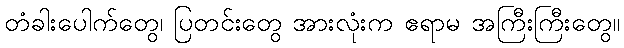
တံခါးပေါက်တွေ၊ ပြတင်းတွေ အားလုံးက ဧရာမ အကြီးကြီးတွေ။